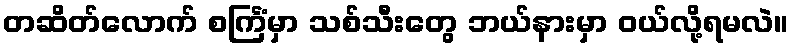
တဆိတ်လောက် စင်္ကြံမှာ သစ်သီးတွေ ဘယ်နားမှာ ဝယ်လို့ရမလဲ။